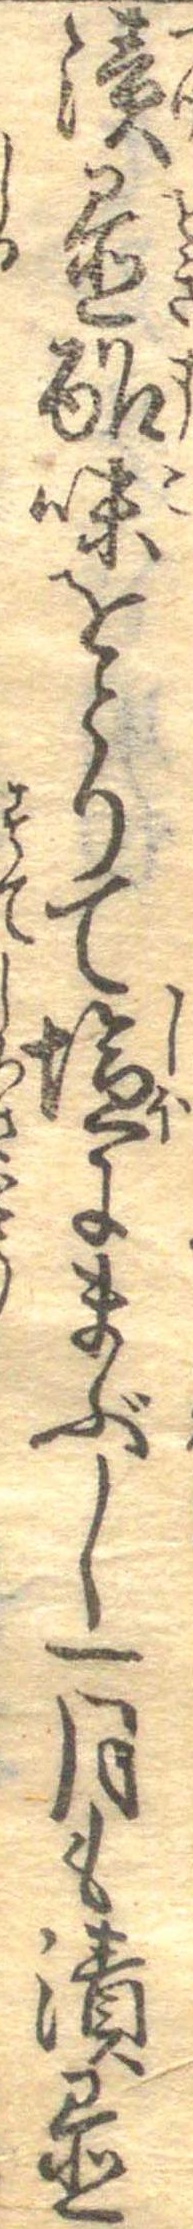
漬置酢味をとりて塩にまぶし一月も漬置